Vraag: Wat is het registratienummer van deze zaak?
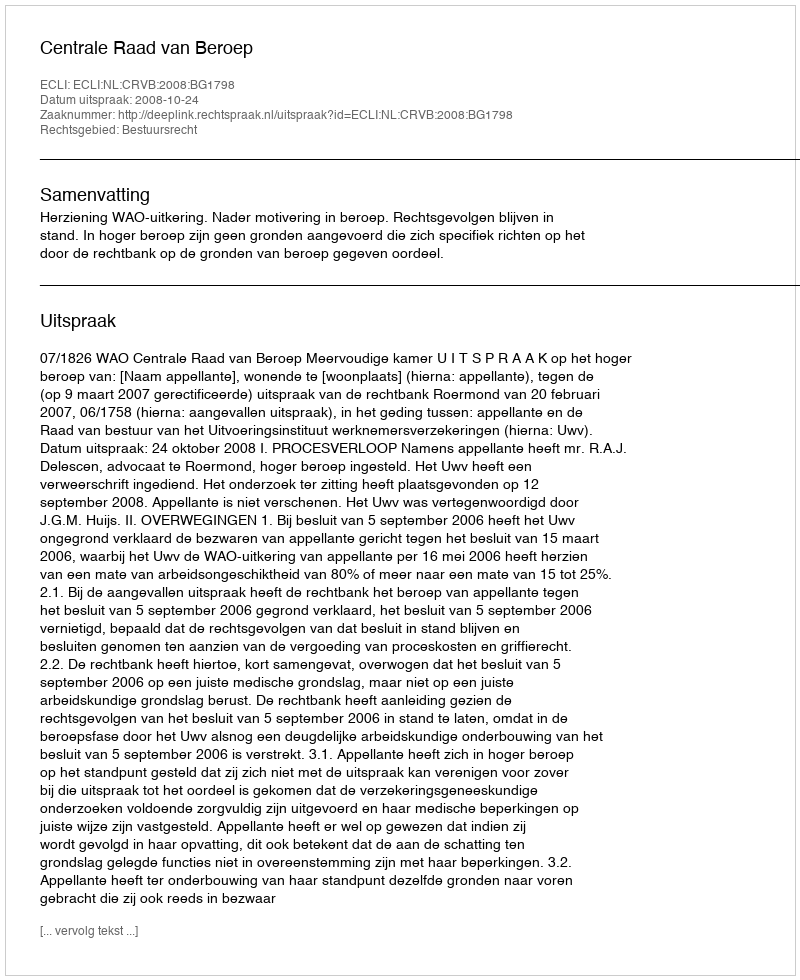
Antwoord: http://deeplink.rechtspraak.nl/uitspraak?id=ECLI:NL:CRVB:2008:BG1798